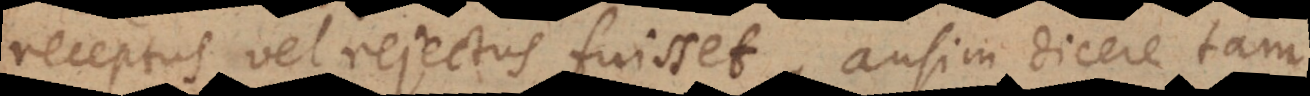
receptus vel rejectus fuisset, ausim dicere tam